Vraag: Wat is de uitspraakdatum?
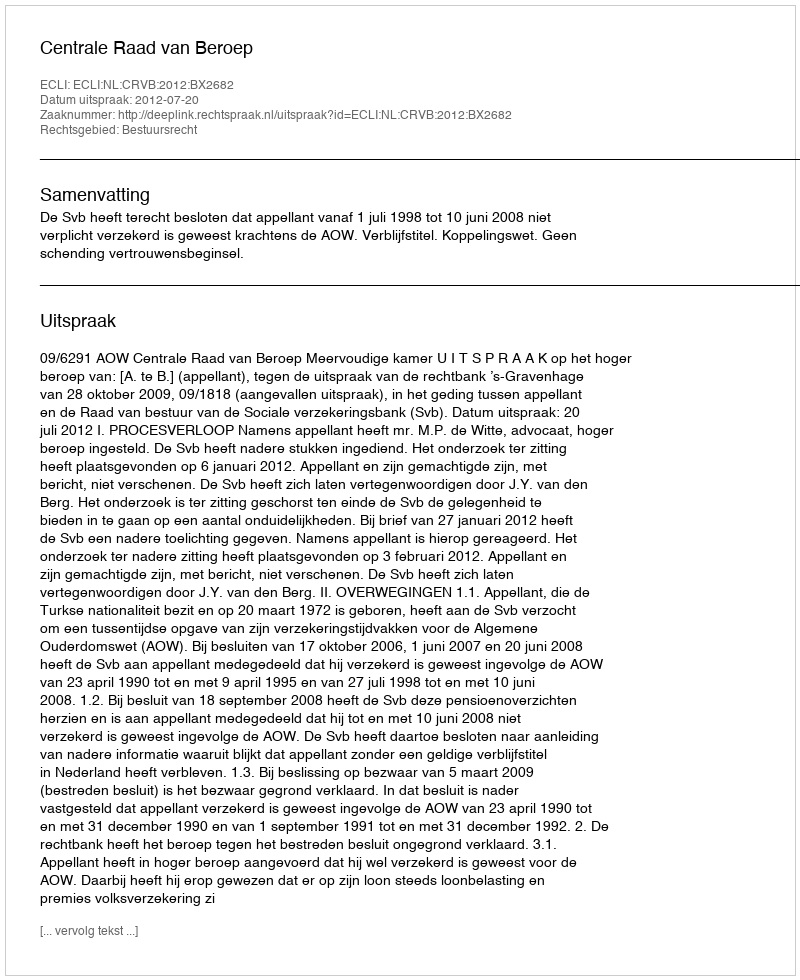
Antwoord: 2012-07-20